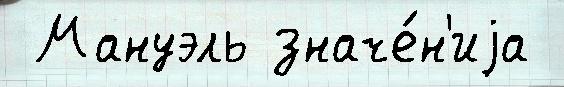
 Мануэль значе́н'иjа